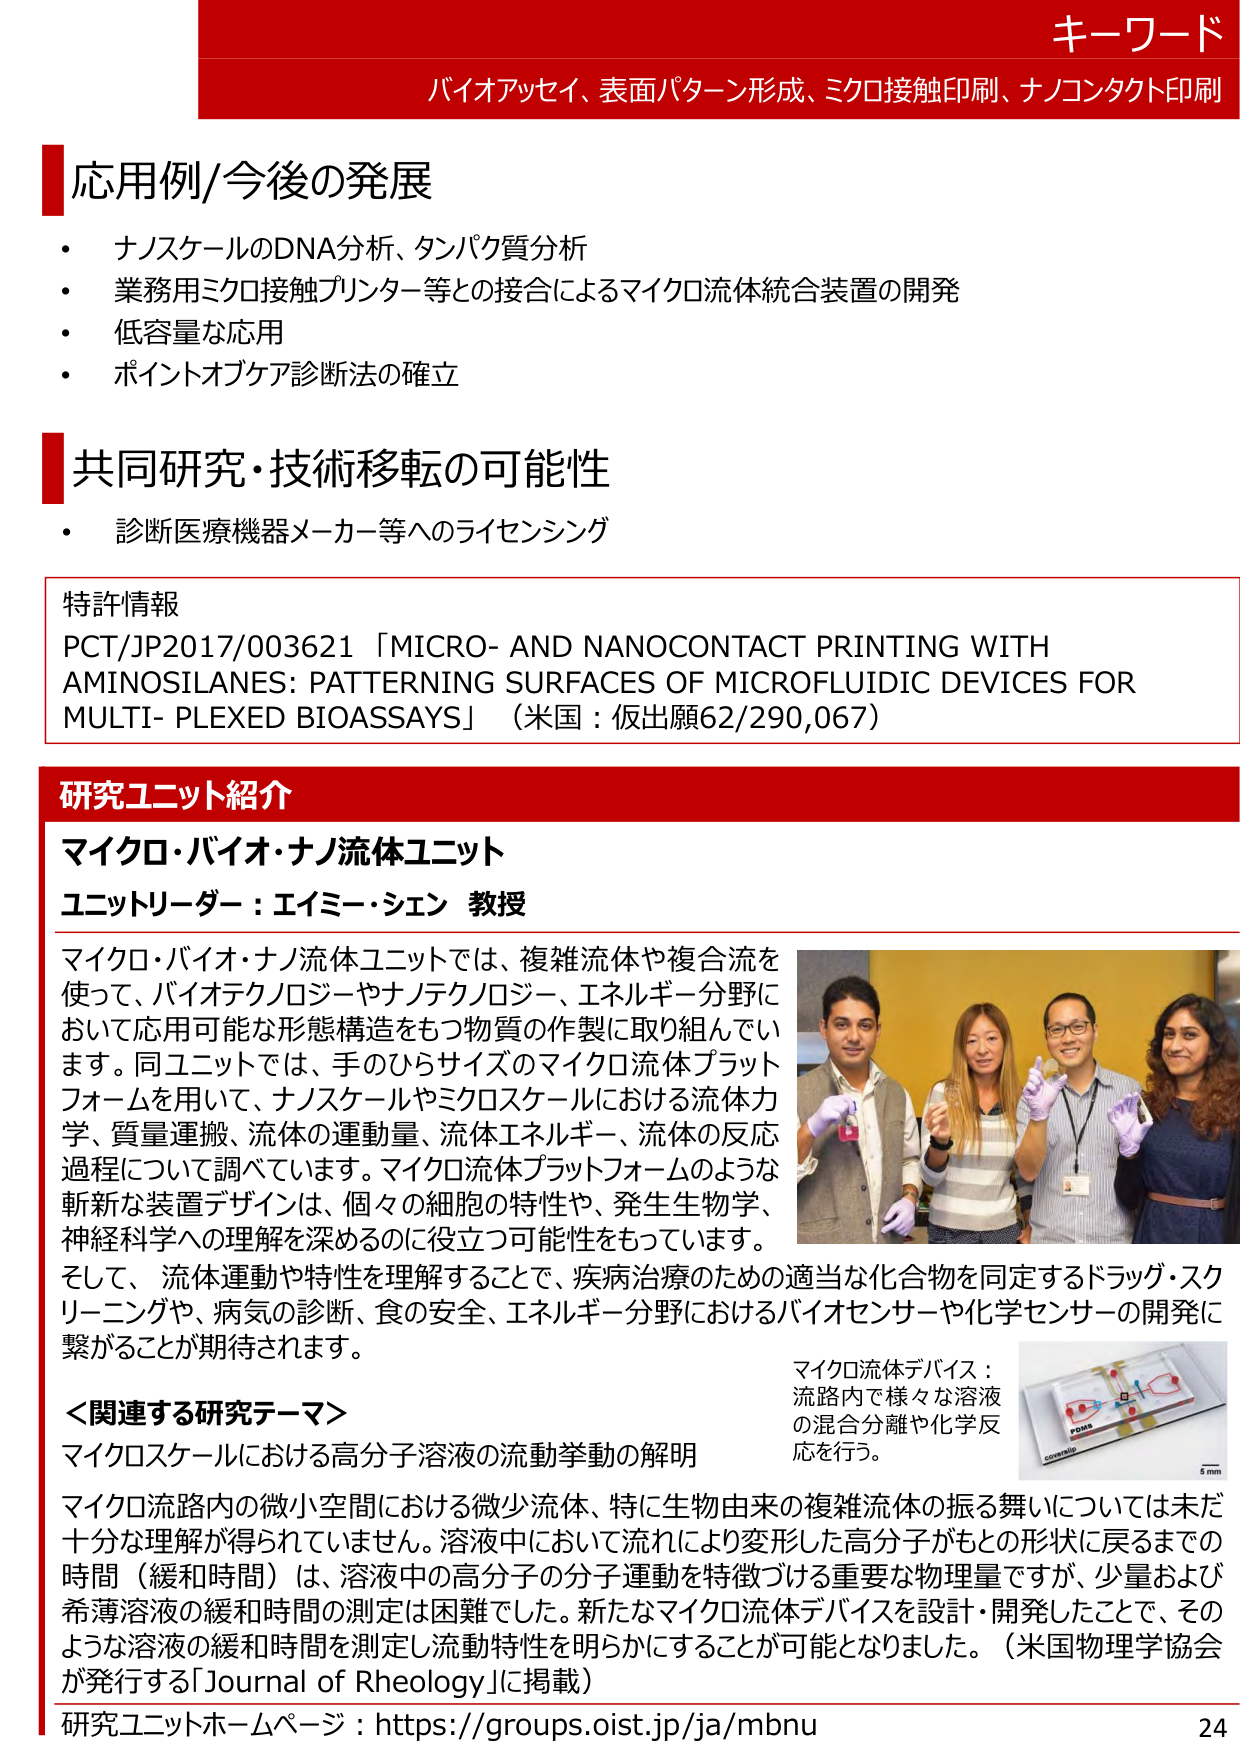
キーワード
バイオアッセイ、表面パターン形成、ミクロ接触印刷、ナノコンタクト印刷

応用例/今後の発展
・ ナノスケールのDNA分析、タンパク質分析
・ 業務用ミクロ接触プリンター等との接合によるマイクロ流体統合装置の開発
・ 低容量な応用
・ ポイントオブケア診断法の確立

共同研究・技術移転の可能性
・ 診断医療機器メーカー等へのライセンシング

特許情報
PCT/JP2017/003621 「MICRO- AND NANOCONTACT PRINTING WITH AMINOSILANES: PATTERNING SURFACES OF MICROFLUIDIC DEVICES FOR MULTI- PLEXED BIOASSAYS」（米国：仮出願62/290,067）

研究ユニット紹介
マイクロ・バイオ・ナノ流体ユニット
ユニットリーダー：エイミー・シェン 教授

マイクロ・バイオ・ナノ流体ユニットでは、複雑流体や複合流を使って、バイオテクノロジーやナノテクノロジー、エネルギー分野において応用可能な形態構造をもつ物質の作製に取り組んでいます。同ユニットでは、手のひらサイズのマイクロ流体プラットフォームを用いて、ナノスケールやミクロスケールにおける流体力学、質量運搬、流体の運動量、流体エネルギー、流体の反応過程について調べています。マイクロ流体プラットフォームのような斬新な装置デザインは、個々の細胞の特性や、発生生物学、神経科学への理解を深めるのに役立つ可能性をもっています。
そして、流体運動や特性を理解することで、疾病治療のための適当な化合物を同定するドラッグ・スクリーニングや、病気の診断、食の安全、エネルギー分野におけるバイオセンサーや化学センサーの開発に繋がることが期待されます。

＜関連する研究テーマ＞
マイクロスケールにおける高分子溶液の流動挙動の解明
マイクロ流路内の微小空間における微少流体、特に生物由来の複雑流体の振る舞いについては未だ十分な理解が得られていません。溶液中において流れにより変形した高分子がもとの形状に戻るまでの時間（緩和時間）は、溶液中の高分子の分子運動を特徴づける重要な物理量ですが、少量および希薄溶液の緩和時間の測定は困難でした。新たなマイクロ流体デバイスを設計・開発したことで、そのような溶液の緩和時間を測定し流動特性を明らかにすることが可能となりました。（米国物理学会が発行する「Journal of Rheology」に掲載）

マイクロ流体デバイス：
流路内で様々な溶液の混合分離や化学反応を行う。

研究ユニットホームページ：https://groups.oist.jp/ja/mbnu
24